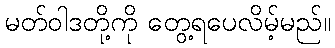
မတ်ဝါဒတို့ကို တွေ့ရပေလိမ့်မည်။